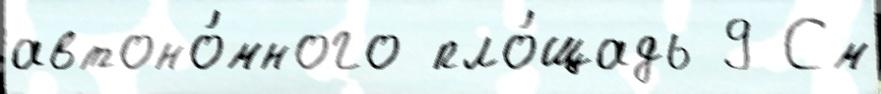
автоно́много пло́щадь 9 См